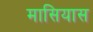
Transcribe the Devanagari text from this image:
मासियास